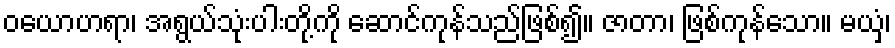
ဝယောဟရာ၊ အရွယ်သုံးပါးတို့ကို ဆောင်ကုန်သည်ဖြစ်၍။ ဇာတာ၊ ဖြစ်ကုန်သော။ မယှံ၊